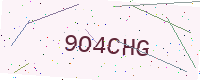
Text: 9O4CHG